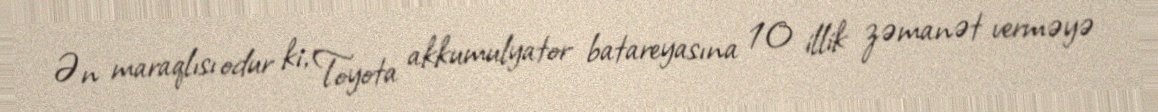
Ən maraqlısı odur ki, Toyota akkumulyator batareyasına 10 illik zəmanət verməyə